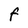
Character: F